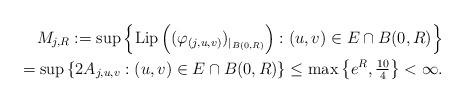
LaTeX: \begin{align*}& & M_{j,R}:=\sup\left\{\textrm{Lip}\left( (\varphi_{(j,u,v)})_{|_{B(0,R)}}\right) : (u,v)\in E\cap B(0,R)\right\} \\ & & =\sup\left\{ 2A_{j,u,v} : (u,v)\in E\cap B(0,R)\right\} \leq \max\left\{e^{R}, \tfrac{10}{4} \right\}<\infty.\end{align*}